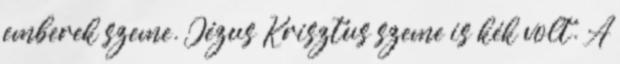
emberek szeme. Jézus Krisztus szeme is kék volt. A